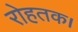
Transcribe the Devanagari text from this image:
रोहतक।